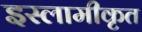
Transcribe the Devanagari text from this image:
इस्लामीकृत